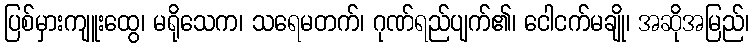
ပြစ်မှားကျူးထွေ၊ မရိုသေက၊ သရေမတက်၊ ဂုဏ်ရည်ပျက်၏၊ ငေါငက်မချို၊ အဆိုအမြည်၊